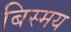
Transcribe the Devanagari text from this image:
बिस्मय